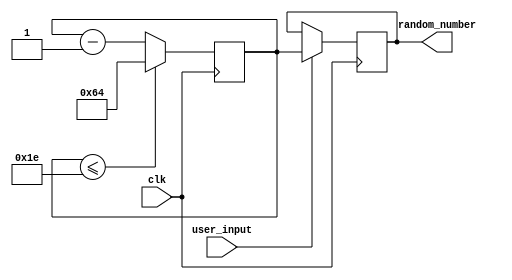
module random_y_counter(
    input clk,
    input user_input,
    output[6:0]random_number
    );
    // a counter to produce a random number for the y coordinate of the pipe opening
    reg[6:0]y_counter = 7'd100;
    reg[6:0]random_number_reg = 7'd100;

    
    assign random_number[6:0] = random_number_reg[6:0];

    // randomizes the number based on the user's input
    always @(posedge clk)
    begin
        if(y_counter <= 7'd30) // if y counter is 30, then it resets back to 100
            y_counter <= 7'd100; 
        else
            y_counter <= y_counter -1'b1; // y counter decreases by 1 every time 
        if(user_input) // when the user inputs, set the random number register as the y counter
            random_number_reg[6:0] <= y_counter[6:0];
    end
endmodule